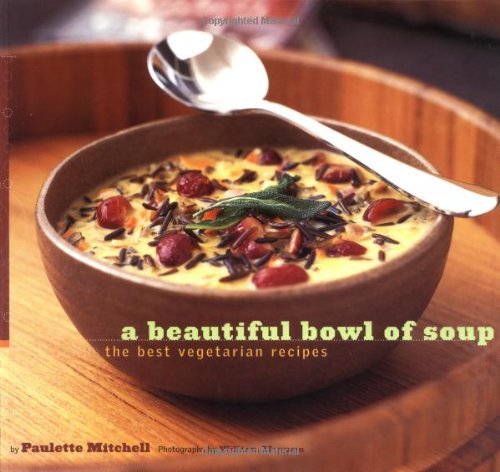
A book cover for A Beautiful Bowl of Soup: The Best Vegetarian Recipes; Paulette Mitchell; Cookbooks, Food & Wine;